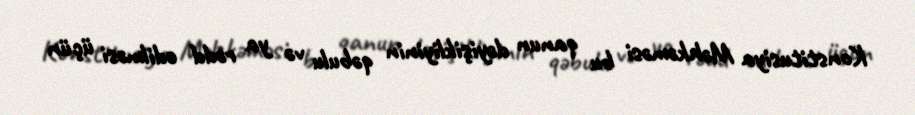
Konstitusiya Məhkəməsi bu qanun dəyişikliyinin qəbulu və ya rədd edilməsi üçün